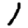
Digit: 1